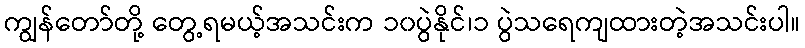
ကျွန်တော်တို့ တွေ့ရမယ့်အသင်းက ၁၀ပွဲနိုင်၊၁ ပွဲသရေကျထားတဲ့အသင်းပါ။